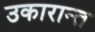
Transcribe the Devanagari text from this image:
उकारान्त